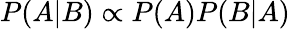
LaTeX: P(A|B)\propto P(A)P(B|A)